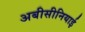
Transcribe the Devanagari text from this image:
अबीसीनियाई